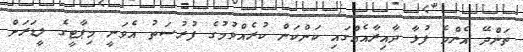
ތަންދޭ އެންމެ ފުޅާ ދާއިރާއެއްގައި ކަންކަން ކުރެއްވުމުގެ ފުރުސަތު އެވަނީ މިޕާޓީގެ ލީޑަރަށް